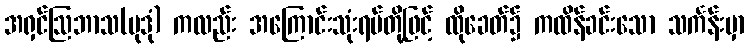
အရှင်ဩဘာသ(မုဒုံ) ကလည်း အကြောင်းသုံးရပ်တို့ဖြင့် ထိုခေတ်၌ ကထိန်ခင်းသော သင်္ကန်းမှာ